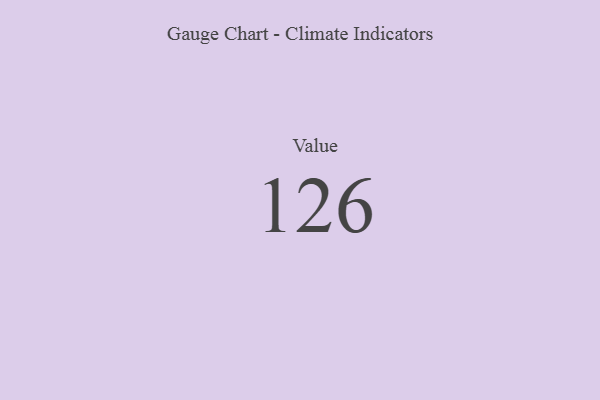
{"axis": {"x": "Metric", "y": "Value"}, "legend": [""], "data": [{"x": "Value", "y": 126, "type": ""}]}